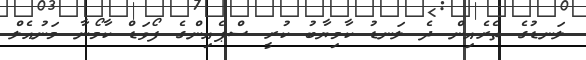
ލަނޑުގެ ތެރެއިން ދެ ލަނޑު ކާމިޔާބު ކުރީ ސްޕެއިންގެ ފޯވަޑް ކާމޯނާ މަނުއެލް